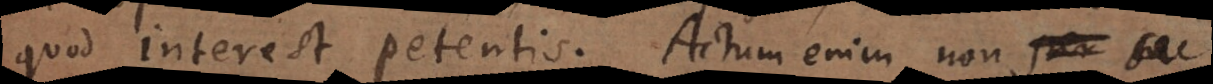
quod interest petentis. Actum enim non per